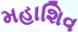
મહાશિવ